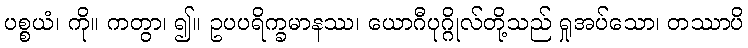
ပစ္စယံ၊ ကို။ ကတွာ၊ ၍။ ဥပပရိက္ခမာနဿ၊ ယောဂီပုဂ္ဂိုလ်တို့သည် ရှုအပ်သော၊ တဿာပိ